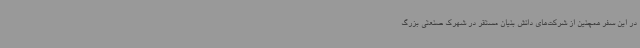
در این سفر همچنین از شرکت‌های دانش بنیان مستقر در شهرک صنعتی بزرگ